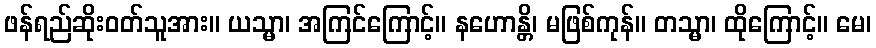
ဖန်ရည်ဆိုးဝတ်သူအား။ ယသ္မာ၊ အကြင်ကြောင့်။ နဟောန္တိ၊ မဖြစ်ကုန်။ တသ္မာ၊ ထိုကြောင့်။ မေ၊